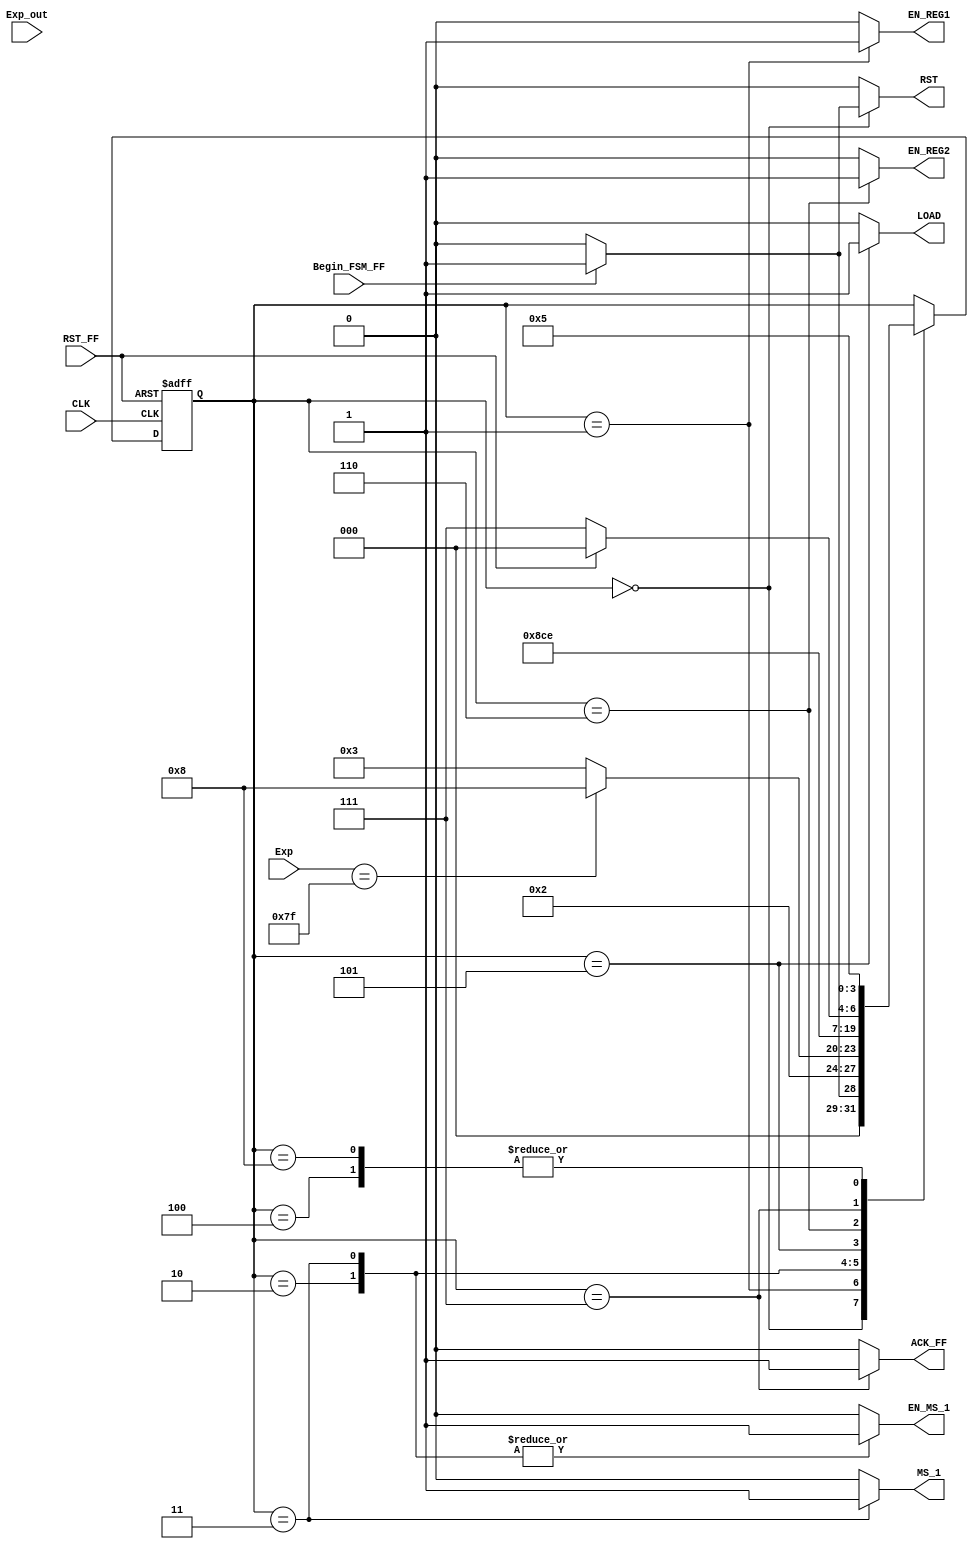
`timescale 1ns / 1ps
//////////////////////////////////////////////////////////////////////////////////
// Company: 
// Engineer: 
// 
// Design Name: 
// Module Name: FSM_Convert_Float_To_Fixed
// Project Name: 
// Target Devices: 
// Tool Versions: 
// Description: 
// 
// Dependencies: 
// 
// Revision:
// Revision 0.01 - File Created
// Additional Comments:
// 
//////////////////////////////////////////////////////////////////////////////////


module FSM_Convert_Float_To_Fixed(
		//INPUTS
		input wire CLK, //system clock
		input wire RST_FF, //system reset 
		input wire Exp_out, // INDICA SI EL VALOR DEL EXPONENTE ES MAYOR QUE 127 
		input wire Begin_FSM_FF, //inicia la maquina de estados 
		input wire [7:0] Exp, //CONTIENE EL EXPONENTE DEL NUMERO EN PUNTO FLOTANTE 
		// OUTPUTS		
        output reg EN_REG1, //ENABLE PARA EL REGISTRO QUE GUARDA EL NUMERO EN PUNTO FLOTANTE 
        output reg LOAD, //SELECCION PARA EL REGISTRO DE DESPLAZAMIENTOS 
        output reg MS_1, // SELECCION DEL MUX 1 (VALOR INICIAL DEL EXPONENTE , VALOR MODIFICADO DEL EXPONENTE)
        output reg ACK_FF, // INDICA QUE LA CONVERSION FUE REALIZADA
        output reg EN_MS_1,
        output reg EN_REG2,
        output reg RST

	 );


parameter [3:0] 
    //se definen los estados que se utilizaran en la maquina
					 a = 4'b0000,
				     b = 4'b0001,
					 c = 4'b0010,
					 d = 4'b0011,
					 e = 4'b0100,
					 f = 4'b0101,
					 g = 4'b0110,
					 h = 4'b0111,
					 i = 4'b1000;
					
reg [3:0] state_reg, state_next ; //state registers declaration

////
always @(posedge CLK, posedge RST_FF)
	if (RST_FF) begin
		state_reg <= a;	
	end
	else begin
		state_reg <= state_next;
	end

//assign State = state_reg;
///	
always @*
begin
	state_next = state_reg;
	
	EN_REG1 = 1'b0;
	EN_REG2 = 1'b0;
    ACK_FF = 1'b0;
    EN_MS_1=1'b0;
    MS_1=1'b0;
    LOAD = 1'b0;
    RST = 1'b0;
    
	case(state_reg)
	    a: 
            begin
                
                if(Begin_FSM_FF) 
                    begin
                    RST = 1'b1;
                    ACK_FF = 1'b0;    
                    state_next = b;
                    end
                else
                    
                    state_next = a;
               
            end
            
		b: 
		begin
		EN_REG1 = 1'b1;    
	    state_next = c;
		end
		
		c:
		begin
			EN_MS_1 = 1'b1;
			if(Exp == 8'b01111111)
                state_next = i;
            else
            state_next = d;
		end
		
		d:
        begin
            EN_MS_1 = 1'b1;
            MS_1 = 1'b1;
            state_next = e;
        end
        
        e:
                begin
                   
                    state_next = f;
                end        		
		f:
		begin
		      LOAD = 1'b1;
		      state_next = g;
        end
	
	
	   g:
                begin
                      EN_REG2 = 1'b1;
                      state_next = h;
                end
            
		h:
		begin
			
			ACK_FF = 1'b1;
			if(RST_FF)
                 state_next = a;
            else
                state_next = h;
		end
		
		i:
        begin
            
            state_next = f;
        end
        
        
	endcase
end

endmodule